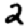
Digit: 2